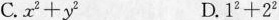
C.x'+y2 D.12+22